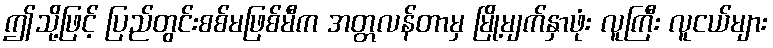
ဤသို့ဖြင့် ပြည်တွင်းစစ်မဖြစ်မီက အတ္တလန်တာမှ မြို့မျက်နှာဖုံး လူကြီး လူငယ်များ